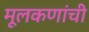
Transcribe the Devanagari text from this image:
मूलकणांची